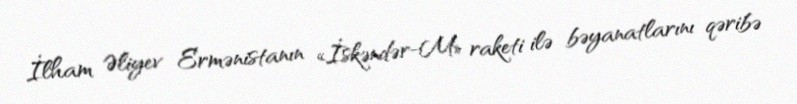
İlham Əliyev Ermənistanın «İskəndər-M» raketi ilə bəyanatlarını qəribə